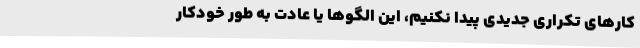
کارهای تکراری جدیدی پیدا نکنیم، این الگوها یا عادت به طور خودکار